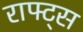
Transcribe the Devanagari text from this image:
राफ्ट्स